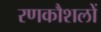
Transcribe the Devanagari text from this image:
रणकौशलों